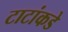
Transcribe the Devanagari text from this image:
टाटांकडे